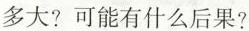
多大?可能有什么后果?